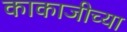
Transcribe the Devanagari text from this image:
काकाजीच्या